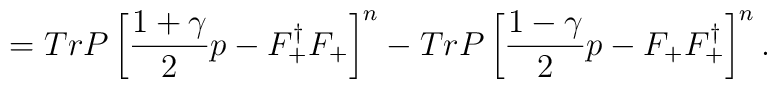
= Tr P\left[\frac{1+\gamma}{2}p - F_+^{\dagger}F_+ \right]^n - Tr P\left[\frac{1-\gamma}{2}p - F_+ F_+^{\dagger} \right]^n.